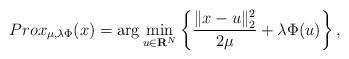
LaTeX: \begin{align*}Prox_{\mu,\lambda\Phi}(x) = \arg \min_{u\in \mathbf{R}^N} \left\{\frac{\|x-u\|_2^2}{2\mu} + \lambda \Phi(u)\right\},\end{align*}